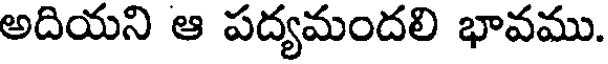
అదియని ఆ పద్యమందలి భావము.